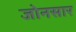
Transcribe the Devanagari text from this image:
जोनसार